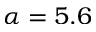
\alpha = 5 . 6